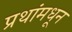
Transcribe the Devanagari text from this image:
प्रथांमधून